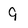
Character: 9